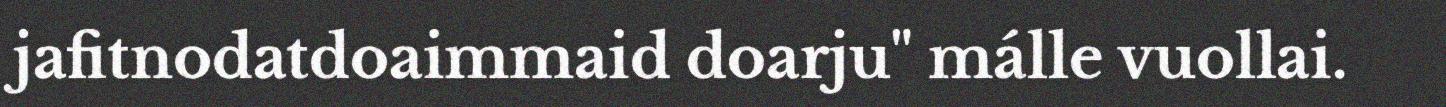
jafitnodatdoaimmaid doarju" málle vuollai.